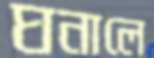
ঘনালে